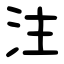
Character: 注